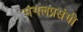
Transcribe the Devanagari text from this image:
मंगलप्रसंगी